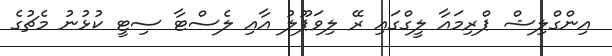
އިންގްލިޝް ޕްރިމައާ ލީގްގައި ރޭ ލިވަޕޫލު އާއި ލެސްޓާ ސިޓީ ކުޅުނު މެޗުގެ